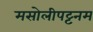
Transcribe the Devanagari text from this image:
मसोलीपट्टनम